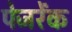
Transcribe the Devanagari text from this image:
पेजरेंक